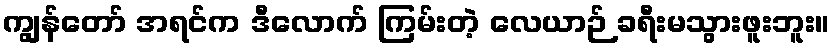
ကျွန်တော် အရင်က ဒီလောက် ကြမ်းတဲ့ လေယာဉ် ခရီးမသွားဖူးဘူး။